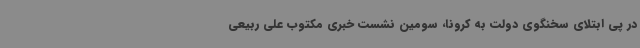
در پی ابتلای سخنگوی دولت به کرونا، سومین نشست خبری مکتوب علی ربیعی